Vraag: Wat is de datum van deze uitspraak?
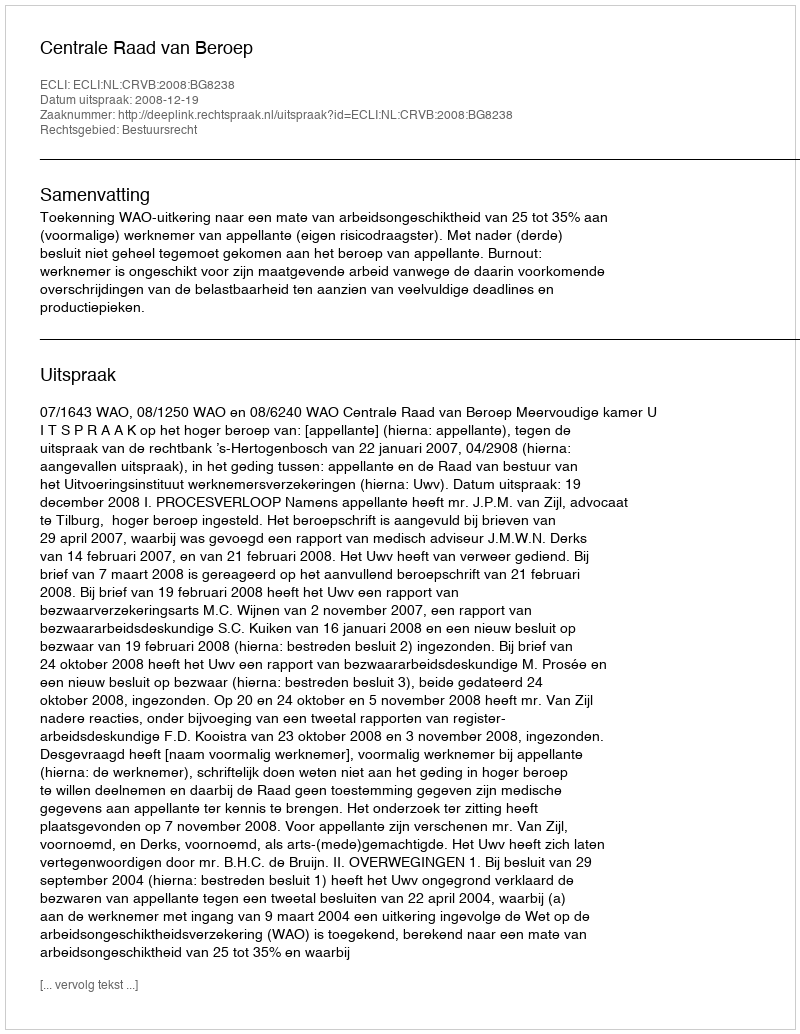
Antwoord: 2008-12-19